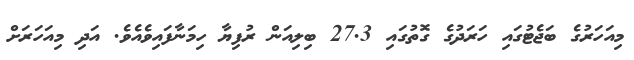
މިއަހަރުގެ ބަޖެޓުގައި ހަރަދުގެ ގޮތުގައި 27.3 ބިލިއަން ރުފިޔާ ހިމަނާފައިވެއެވެ. އަދި މިއަހަރަށް